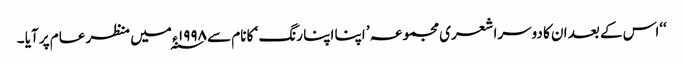
‘‘اس کے بعد ان کا دوسرا شعری مجموعہ ’ اپنا اپنا رنگ ‘ کا نام سے ۱۹۹۸ ء ؁ میں منظر عام پر آیا ۔